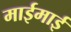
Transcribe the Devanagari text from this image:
माईमाई